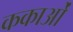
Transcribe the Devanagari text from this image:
ककाओं